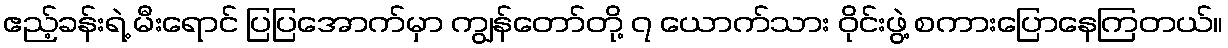
ဧည့်ခန်းရဲ့ မီးရောင် ပြပြအောက်မှာ ကျွန်တော်တို့ ၇ ယောက်သား ဝိုင်းဖွဲ့ စကားပြောနေကြတယ်။